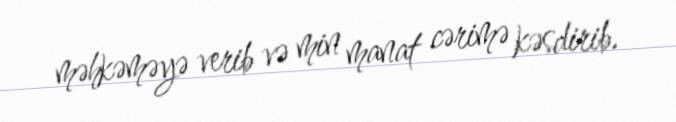
məhkəməyə verib və min manat cərimə kəsdirib.